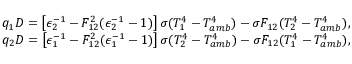
\begin{array} { r l } & { q _ { 1 } D = \left[ \epsilon _ { 2 } ^ { - 1 } - F _ { 1 2 } ^ { 2 } ( \epsilon _ { 2 } ^ { - 1 } - 1 ) \right] \sigma ( T _ { 1 } ^ { 4 } - T _ { a m b } ^ { 4 } ) - \sigma F _ { 1 2 } ( T _ { 2 } ^ { 4 } - T _ { a m b } ^ { 4 } ) { , } } \\ & { q _ { 2 } D = \left[ \epsilon _ { 1 } ^ { - 1 } - F _ { 1 2 } ^ { 2 } ( \epsilon _ { 1 } ^ { - 1 } - 1 ) \right] \sigma ( T _ { 2 } ^ { 4 } - T _ { a m b } ^ { 4 } ) - \sigma F _ { 1 2 } ( T _ { 1 } ^ { 4 } - T _ { a m b } ^ { 4 } ) { , } } \end{array}